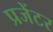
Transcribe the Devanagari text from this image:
प्रजेंटर